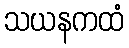
သယနကထံ